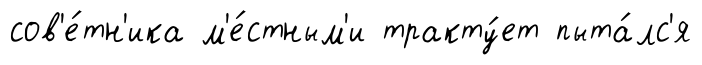
сов'е́тн'ика м'е́стным'и тракту́ет пыта́лс'я